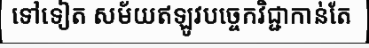
ទៅទៀត សម័យឥឡូវបច្ចេកវិជ្ជាកាន់តែ